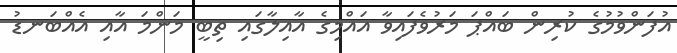
އުފަންވުމުގެ ކުރިން ބައްޕަ މަރުވެފައިވާ އައްމިގެ އާއިލާގައި ތިބީ މަންމަ އާއި އެއްބަނޑު